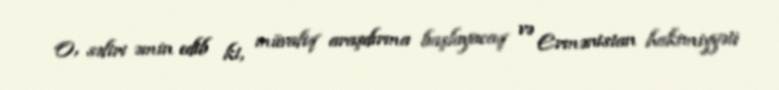
O, səfiri əmin edib ki, müvafiq araşdırma başlayacaq və Ermənistan hakimiyyəti